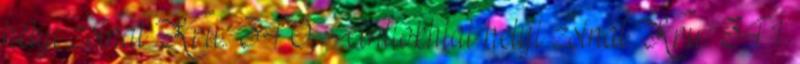
helyi zsinat Kr.u.: 340. Antiokhiai helyi zsinat Kr.u.: 341.